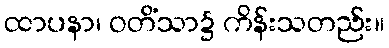
ထာပနာ၊ ဝတိံသာ၌ ကိန်းသတည်း။